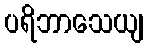
ပရိဘာသေယျ